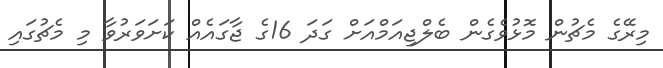
މިރޭގެ މެޗުން މޮޅުވެގެން ބެލްޖިއަމްއަށް ގަދަ 16ގެ ޖާގައެއް ކަށަވަރުވާ މި މެޗުގައި